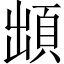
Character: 䪼